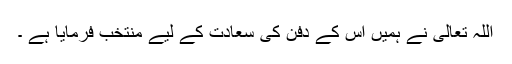
اللہ تعالٰی نے ہمیں اس کے دفن کی سعادت کے لیے منتخب فرمایا ہے ۔